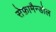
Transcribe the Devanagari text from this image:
सेफ़ामैन्डोल